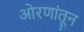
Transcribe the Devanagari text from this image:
ओरणांतून